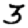
Digit: 3